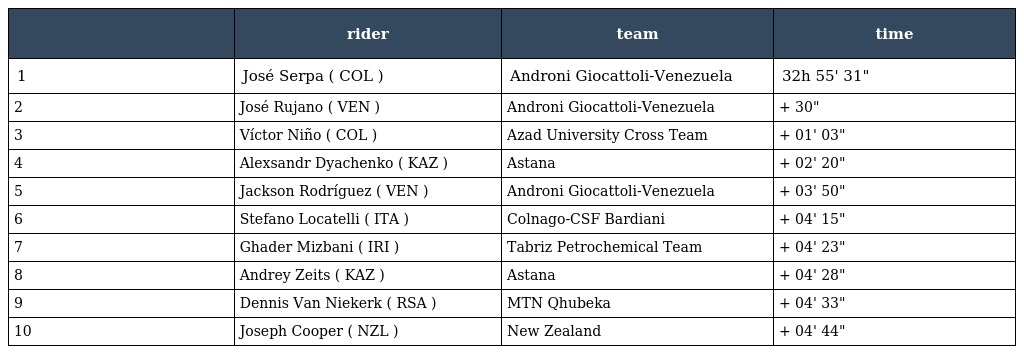
|  | rider | team | time |
 | --- | --- | --- | --- |
 | 1 | José Serpa ( COL ) | Androni Giocattoli-Venezuela | 32h 55' 31" |
 | 2 | José Rujano ( VEN ) | Androni Giocattoli-Venezuela | + 30" |
 | 3 | Víctor Niño ( COL ) | Azad University Cross Team | + 01' 03" |
 | 4 | Alexsandr Dyachenko ( KAZ ) | Astana | + 02' 20" |
 | 5 | Jackson Rodríguez ( VEN ) | Androni Giocattoli-Venezuela | + 03' 50" |
 | 6 | Stefano Locatelli ( ITA ) | Colnago-CSF Bardiani | + 04' 15" |
 | 7 | Ghader Mizbani ( IRI ) | Tabriz Petrochemical Team | + 04' 23" |
 | 8 | Andrey Zeits ( KAZ ) | Astana | + 04' 28" |
 | 9 | Dennis Van Niekerk ( RSA ) | MTN Qhubeka | + 04' 33" |
 | 10 | Joseph Cooper ( NZL ) | New Zealand | + 04' 44" |